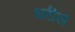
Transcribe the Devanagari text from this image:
धरील